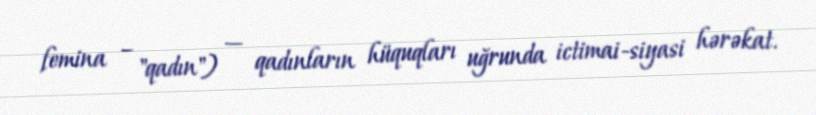
femina – "qadın") — qadınların hüquqları uğrunda ictimai-siyasi hərəkat.